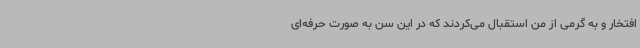
افتخار و به گرمی از من استقبال می‌کردند که در این سن به صورت حرفه‌ای